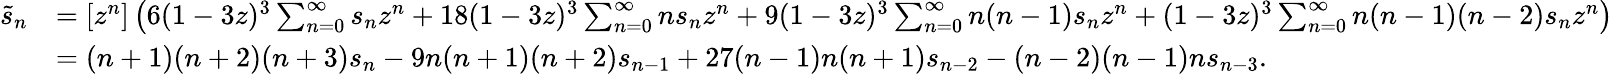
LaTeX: {\begin{array}{rl}{{\tilde{s}}_{n}}&{=[z^{n}]\left(6(1-3z)^{3}\sum_{n=0}^{\infty}s_{n}z^{n}+18(1-3z)^{3}\sum_{n=0}^{\infty}ns_{n}z^{n}+9(1-3z)^{3}\sum_{n=0}^{\infty}n(n-1)s_{n}z^{n}+(1-3z)^{3}\sum_{n=0}^{\infty}n(n-1)(n-2)s_{n}z^{n}\right)}\\ &{=(n+1)(n+2)(n+3)s_{n}-9n(n+1)(n+2)s_{n-1}+27(n-1)n(n+1)s_{n-2}-(n-2)(n-1)ns_{n-3}.}\end{array}}